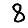
Digit: 8